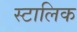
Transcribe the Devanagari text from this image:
स्टालिक